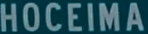
HOCEIMA